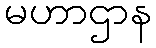
မဟာဌာန